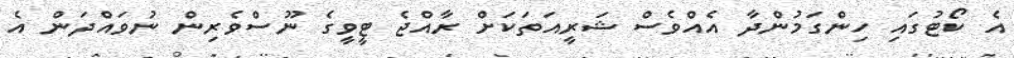
އެ ކޯޓުގައި ހިންގަމުންދާ އެއްވެސް ޝަރީއަތަކަށް ރާއްޖެ ޓީވީގެ ނޫސްވެރިން ނުވައްދަން އެ